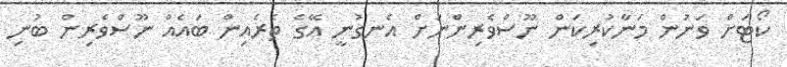
ކޯޓަށް ވަނުން މަނާކުރިކަން ނޫސްވެރިންނަށް އެނގުނީ އޭގެ ތެރެއިން ބައެއް ނޫސްވެރިން ބުނި